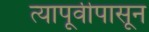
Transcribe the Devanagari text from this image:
त्यापूर्वीपासून